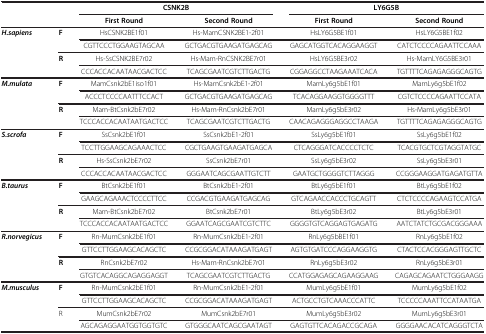
<table><thead><tr><td><b> </b></td><td><b> </b></td><td colspan="2"><b>CSNK2B</b></td><td colspan="2"><b>LY6G5B</b></td></tr><tr><td><b> </b></td><td><b> </b></td><td><b>First Round</b></td><td><b>Second Round</b></td><td><b>First Round</b></td><td><b>Second Round</b></td></tr></thead><tbody><tr><td rowspan="4"><b><i>H.sapiens</i></b></td><td rowspan="2"><b>F</b></td><td>HsCSNK2BE1f01</td><td>Hs-MamCSNK2BE1-2f01</td><td>HsLY6G5BE1f01</td><td>HsLY6G5BE1f02</td></tr><tr><td>CGTTCCCTGGAAGTAGCAA</td><td>GCTGACGTGAAGATGAGCAG</td><td>GAGCATGGTCACAGGAAGGT</td><td>CATCTCCCCAGAATTCCAAA</td></tr><tr><td rowspan="2"><b>R</b></td><td>Hs-SsCSNK2BE7r02</td><td>Hs-Mam-RnCSNK2BE7r01</td><td>HsLY6G5BE3r02</td><td>Hs-MamLY6G5BE3r01</td></tr><tr><td>CCCACCACAATAACGACTCC</td><td>TCAGCGAATCGTCTTGACTG</td><td>CGGAGGCCTAAGAAATCACA</td><td>TGTTTTCAGAGAGGGCAGTG</td></tr><tr><td rowspan="4"><b><i>M.mulata</i></b></td><td rowspan="2"><b>F</b></td><td>MamCsnk2bE1iso1f01</td><td>Hs-MamCsnk2bE1-2f01</td><td>MamLy6g5bE1f01</td><td>MamLy6g5bE1f02</td></tr><tr><td>ACCCTCCCCAATTTCCACT</td><td>GCTGACGTGAAGATGAGCAG</td><td>TCACAGGAAGGTGGGGTTT</td><td>CGTCTCCCCAGAATTCCATA</td></tr><tr><td rowspan="2"><b>R</b></td><td>Mam-BtCsnk2bE7r02</td><td>Hs-Mam-RnCsnk2bE7r01</td><td>MamLy6g5bE3r02</td><td>Hs-MamLy6g5bE3r01</td></tr><tr><td>TCCCACCACAATAATGACTCC</td><td>TCAGCGAATCGTCTTGACTG</td><td>CAACAGAGGGAGGCCTAAGA</td><td>TGTTTTCAGAGAGGGCAGTG</td></tr><tr><td rowspan="4"><b><i>S.scrofa</i></b></td><td rowspan="2"><b>F</b></td><td>SsCsnk2bE1f01</td><td>SsCsnk2bE1-2f01</td><td>SsLy6g5bE1f01</td><td>SsLy6g5bE1f02</td></tr><tr><td>TCCTTGGAAGCAGAAACTCC</td><td>CGCTGAAGTGAAGATGAGCA</td><td>CTCAGGGATCACCCCTCTC</td><td>TCACGTGCTCGTAGGTATGC</td></tr><tr><td rowspan="2"><b>R</b></td><td>Hs-SsCsnk2bE7r02</td><td>SsCsnk2bE7r01</td><td>SsLy6g5bE3r02</td><td>SsLy6g5bE3r01</td></tr><tr><td>CCCACCACAATAACGACTCC</td><td>GGGAATCAGCGAATTGTCTT</td><td>GAATGCTGGGGTCTTAGGG</td><td>CCGGGAAGGATGAGATGTTA</td></tr><tr><td rowspan="4"><b><i>B.taurus</i></b></td><td rowspan="2"><b>F</b></td><td>BtCsnk2bE1f01</td><td>BtCsnk2bE1-2f01</td><td>BtLy6g5bE1f01</td><td>BtLy6g5bE1f02</td></tr><tr><td>GAAGCAGAAACTCCCCTTCC</td><td>CCGACGTGAAGATGAGCAG</td><td>GTCAGAACCACCCTGCAGTT</td><td>CTCTCCCCAGAAGTCCATGA</td></tr><tr><td rowspan="2"><b>R</b></td><td>Mam-BtCsnk2bE7r02</td><td>BtCsnk2bE7r01</td><td>BtLy6g5bE3r02</td><td>BtLy6g5bE3r01</td></tr><tr><td>TCCCACCACAATAATGACTCC</td><td>GGAATCAGCGAATCGTCTTC</td><td>GGGGTGTCAGGAGTGAGATG</td><td>AATCTATCTGCGACGGGAAA</td></tr><tr><td rowspan="4"><b><i>R.norvegicus</i></b></td><td rowspan="2"><b>F</b></td><td>Rn-MumCsnk2bE1f01</td><td>Rn-MumCsnk2bE1-2f01</td><td>RnLy6g5bBE1f01</td><td>RnLy6g5bE1f02</td></tr><tr><td>GTTCCTTGGAAGCACAGCTC</td><td>CCGCGGACATAAAGATGAGT</td><td>AGTGTGATCCCAGGAAGGTG</td><td>CTACTCCACGGGAGTTGCTC</td></tr><tr><td rowspan="2"><b>R</b></td><td>RnCsnk2bE7r02</td><td>Hs-Mam-RnCsnk2bE7r01</td><td>RnLy6g5bE3r02</td><td>RnLy6g5bE3r01</td></tr><tr><td>GTGTCACAGGCAGAGGAGGT</td><td>TCAGCGAATCGTCTTGACTG</td><td>CCATGGAGAGCAGAAGGAAG</td><td>CAGAGCAGAATCTGGGAAGG</td></tr><tr><td rowspan="4"><b><i>M.musculus</i></b></td><td rowspan="2"><b>F</b></td><td>Rn-MumCsnk2bE1f01</td><td>Rn-MumCsnk2bE1-2f01</td><td>MumLy6g5bE1f01</td><td>MumLy6g5bE1f02</td></tr><tr><td>GTTCCTTGGAAGCACAGCTC</td><td>CCGCGGACATAAAGATGAGT</td><td>ACTGCCTGTCAAACCCATTC</td><td>TCCCCCAAATTCCATAATGA</td></tr><tr><td rowspan="2">R</td><td>MumCsnk2bE7r02</td><td>MumCsnk2bE7r01</td><td>MumLy6g5bE3r02</td><td>MumLy6g5bE3r01</td></tr><tr><td>AGCAGAGGAATGGTGGTGTC</td><td>GTGGGCAATCAGCGAATAGT</td><td>GAGTGTTCACAGACCGCAGA</td><td>GGGGAACACATCAGGGTCTA</td></tr></tbody></table>